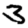
Digit: 3